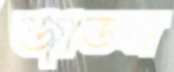
জাডস